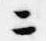
ニ